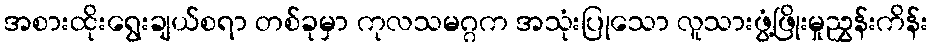
အစားထိုးရွေးချယ်စရာ တစ်ခုမှာ ကုလသမဂ္ဂက အသုံးပြုသော လူသားဖွံ့ဖြိုးမှုညွှန်းကိန်း